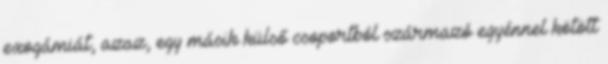
exogámiát, azaz, egy másik külső csoportból származó egyénnel kötött